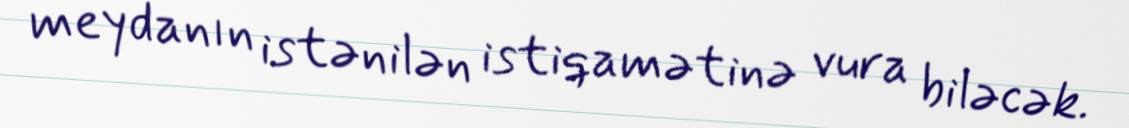
meydanın istənilən istiqamətinə vura biləcək.